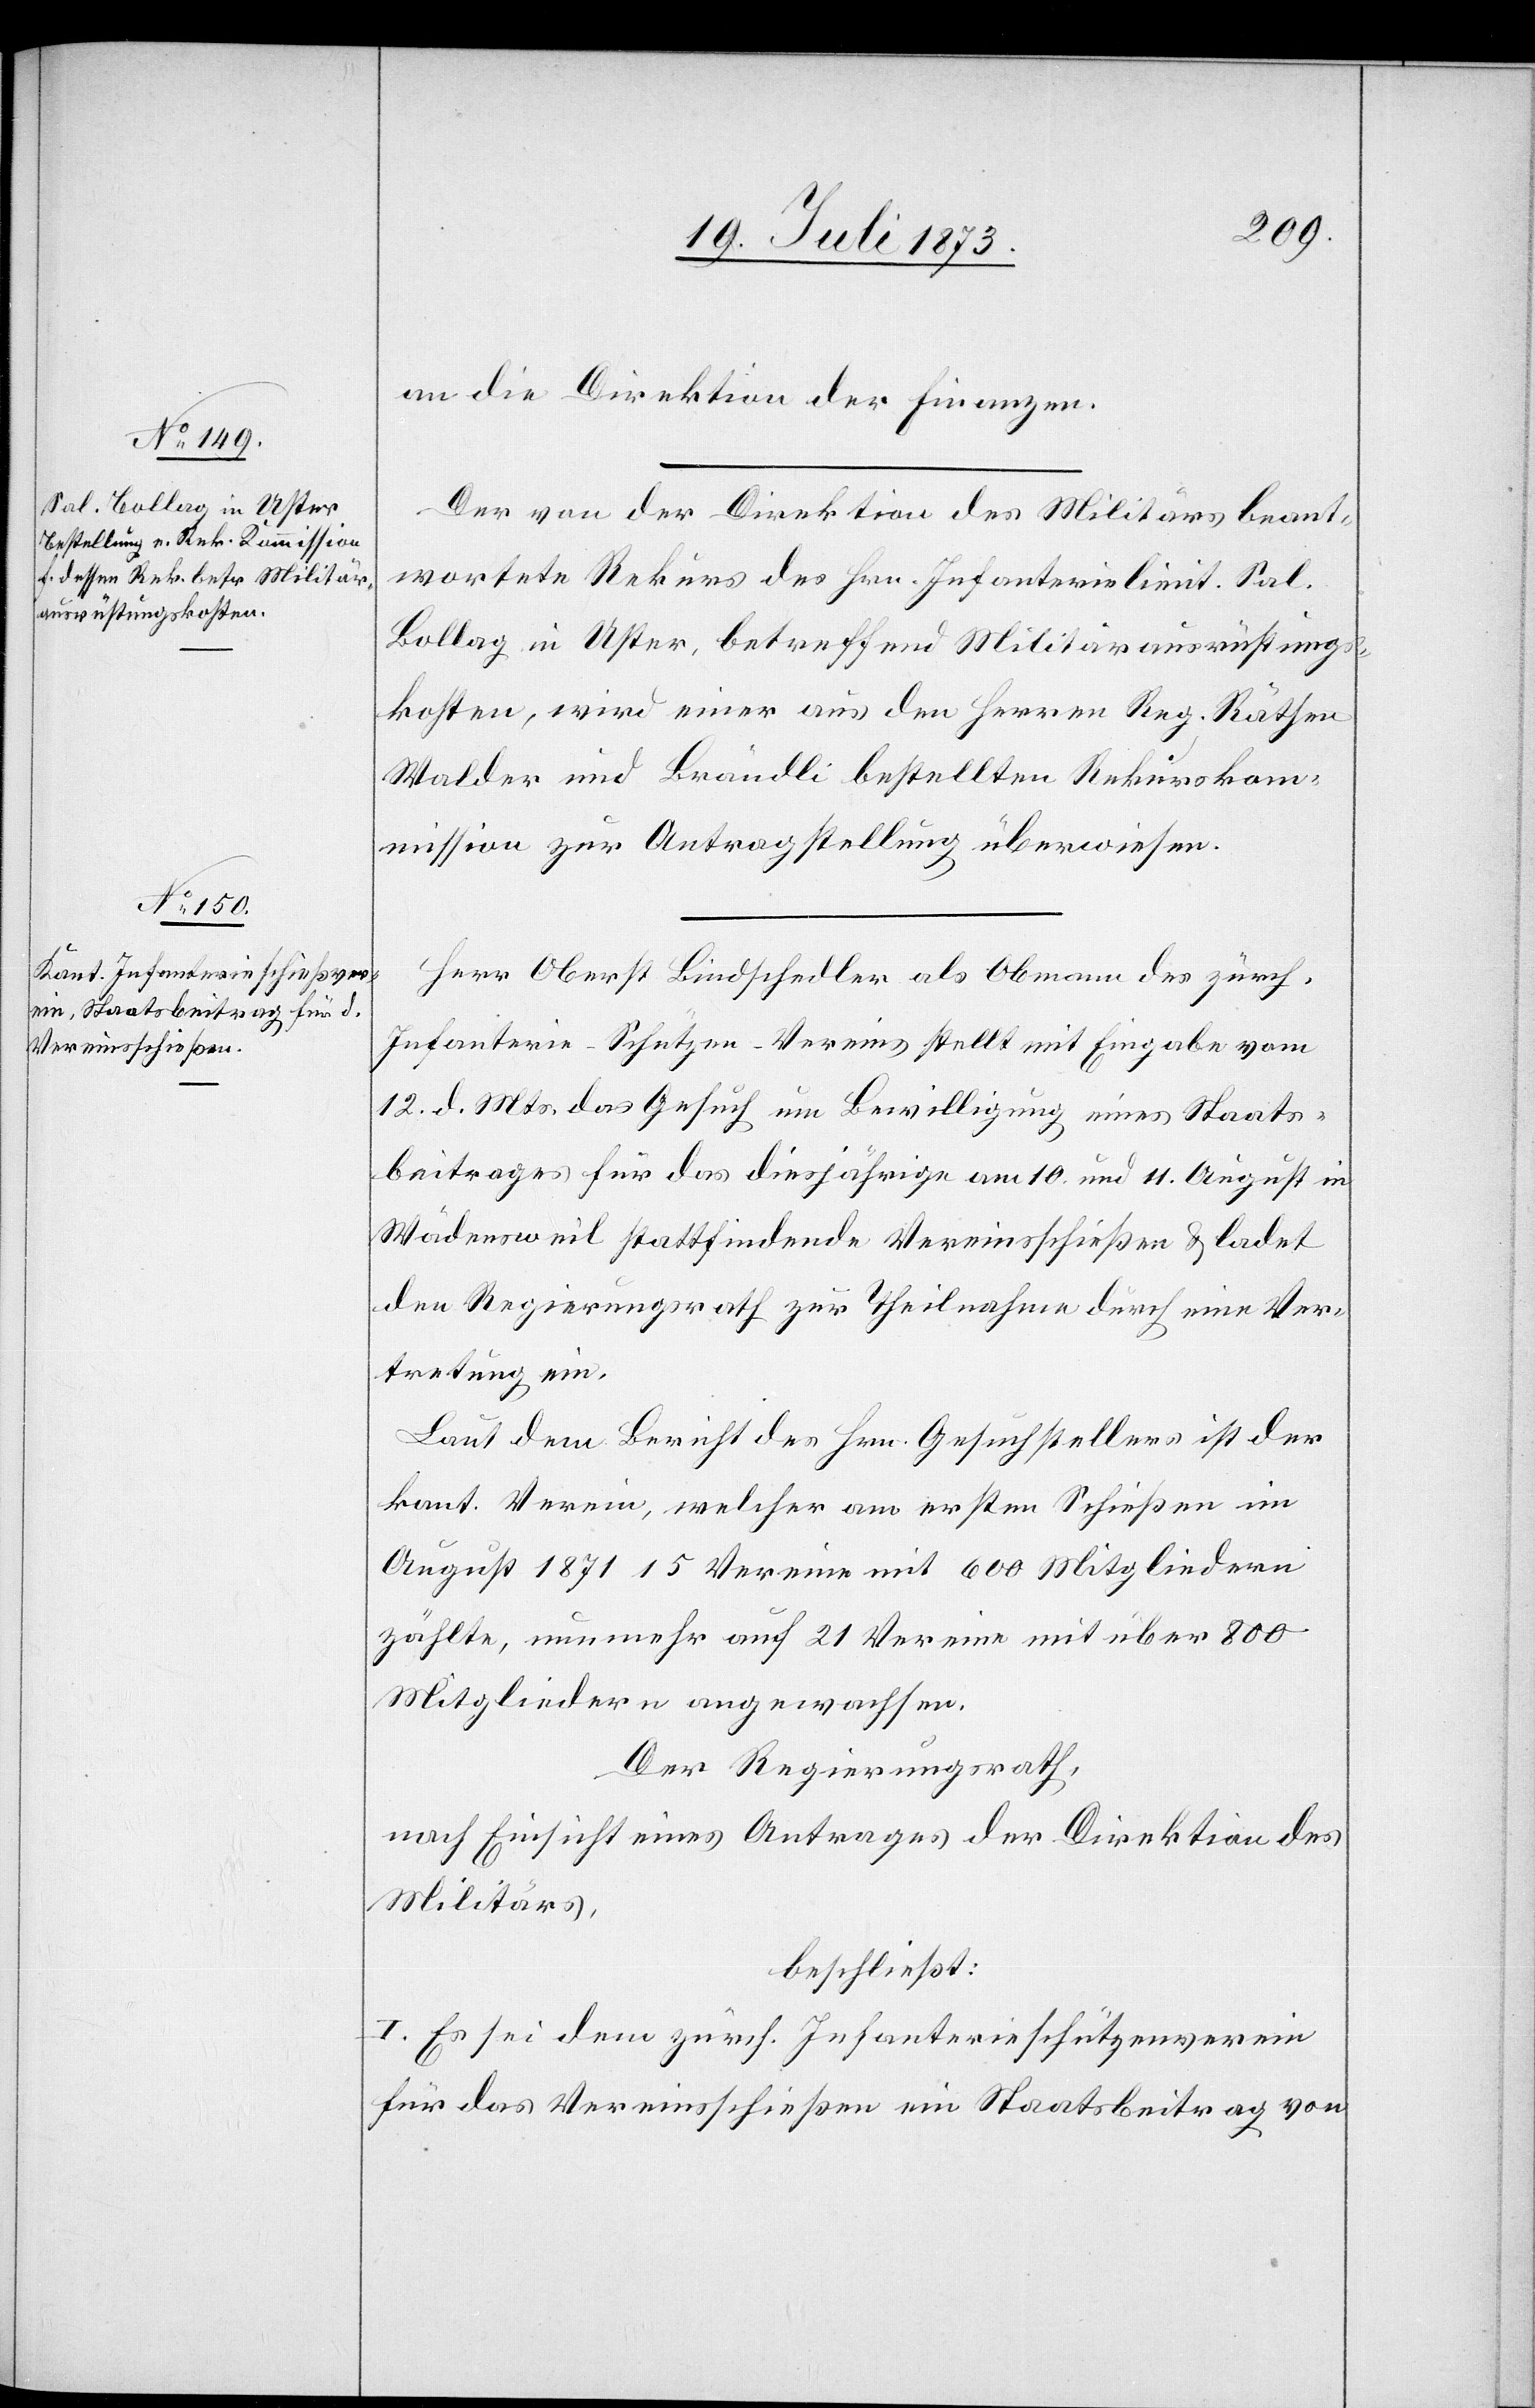
an die Direktion der Finanzen.
Der von der Direktion des Militärs beant¬
wortete Rekurs des Hrn. Infanterielieut. Sal.
Bollag in Uster, betreffend Militärausrüstungs¬
kosten, wird einer aus den Herren Reg. Räthen
Walder und Brändli bestellten Rekurskom¬
mission zur Antragstellung überwiesen.
Herr Oberst Bindschedler als Obmann des zürch.
Infanterie-Schützen-Vereins stellt mit Eingabe vom
12. d. Mts. das Gesuch um Bewilligung eines Staats¬
beitrages für das diesjährige am 10. und 11. August in
Wädensweil stattfindende Vereinsschießen & ladet
den Regierungsrath zur Theilnahme durch eine Ver¬
tretung ein.
Laut dem Bericht des Hrn. Gesuchstellers ist der
kant. Verein, welcher am ersten Schießen im
August 1871 15 Vereine mit 600 Mitgliedern
zählte, nunmehr auf 21 Vereine mit über 800
Mitgliedern angewachsen.
Der Regierungsrath,
nach Einsicht eines Antrages der Direktion des
Militärs,
beschließt:
I. Es sei dem zürch. Infanterieschützenverein
für das Vereinsschießen ein Staatsbeitrag von